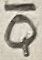
Text: Q